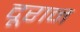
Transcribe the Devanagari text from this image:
दूरान